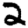
Digit: 2